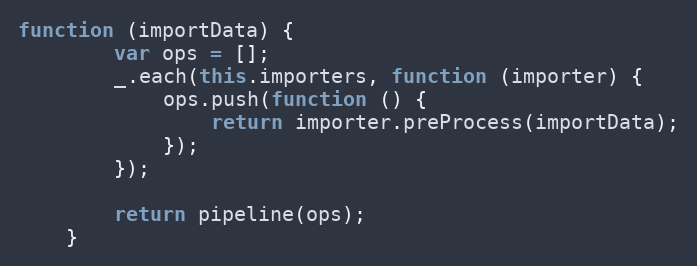
Language: JavaScript
function (importData) {
        var ops = [];
        _.each(this.importers, function (importer) {
            ops.push(function () {
                return importer.preProcess(importData);
            });
        });

        return pipeline(ops);
    }